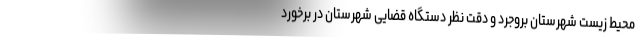
محیط زیست شهرستان بروجرد و دقت نظر دستگاه قضایی شهرستان در برخورد